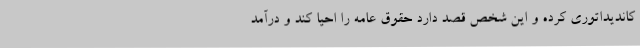
کاندیداتوری کرده و این شخص قصد دارد حقوق عامه را احیا کند و در‌آمد